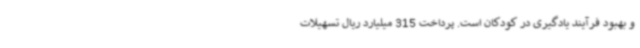
و بهبود فرآیند یادگیری در کودکان است. پرداخت 315 میلیارد ریال تسهیلات